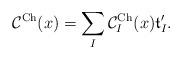
LaTeX: \begin{align*}\mathcal{C}^{\mathrm{Ch}}(x)=\sum_I \mathcal{C}^{\mathrm{Ch}}_I(x)\mathfrak{t}'_I.\end{align*}